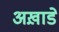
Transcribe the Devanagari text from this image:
अख़ाडे